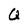
Character: Q